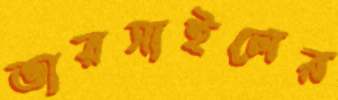
ভারসাইলের